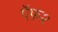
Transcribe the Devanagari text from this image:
ऍफ़२